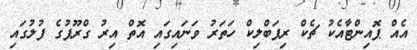
އެއް ޕޮއިންޓާއެކު ޗެކް ރިޕަބްލިކް ހަތަރު ވަނައިގައި އޮތް އިރު ގްރޫޕުގެ ފުލުގައި